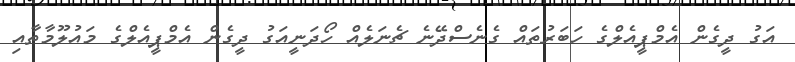
އަގު ދީގެން އެމްޕީއެލްގެ ހަބަރުތައް ގެނެސްދޭނެ ޗެނަލެއް ހޯދަނީއަގު ދީގެން އެމްޕީއެލްގެ މައުލޫމާތާއި